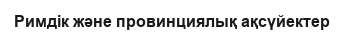
Римдік жəне провинциялық ақсүйектер